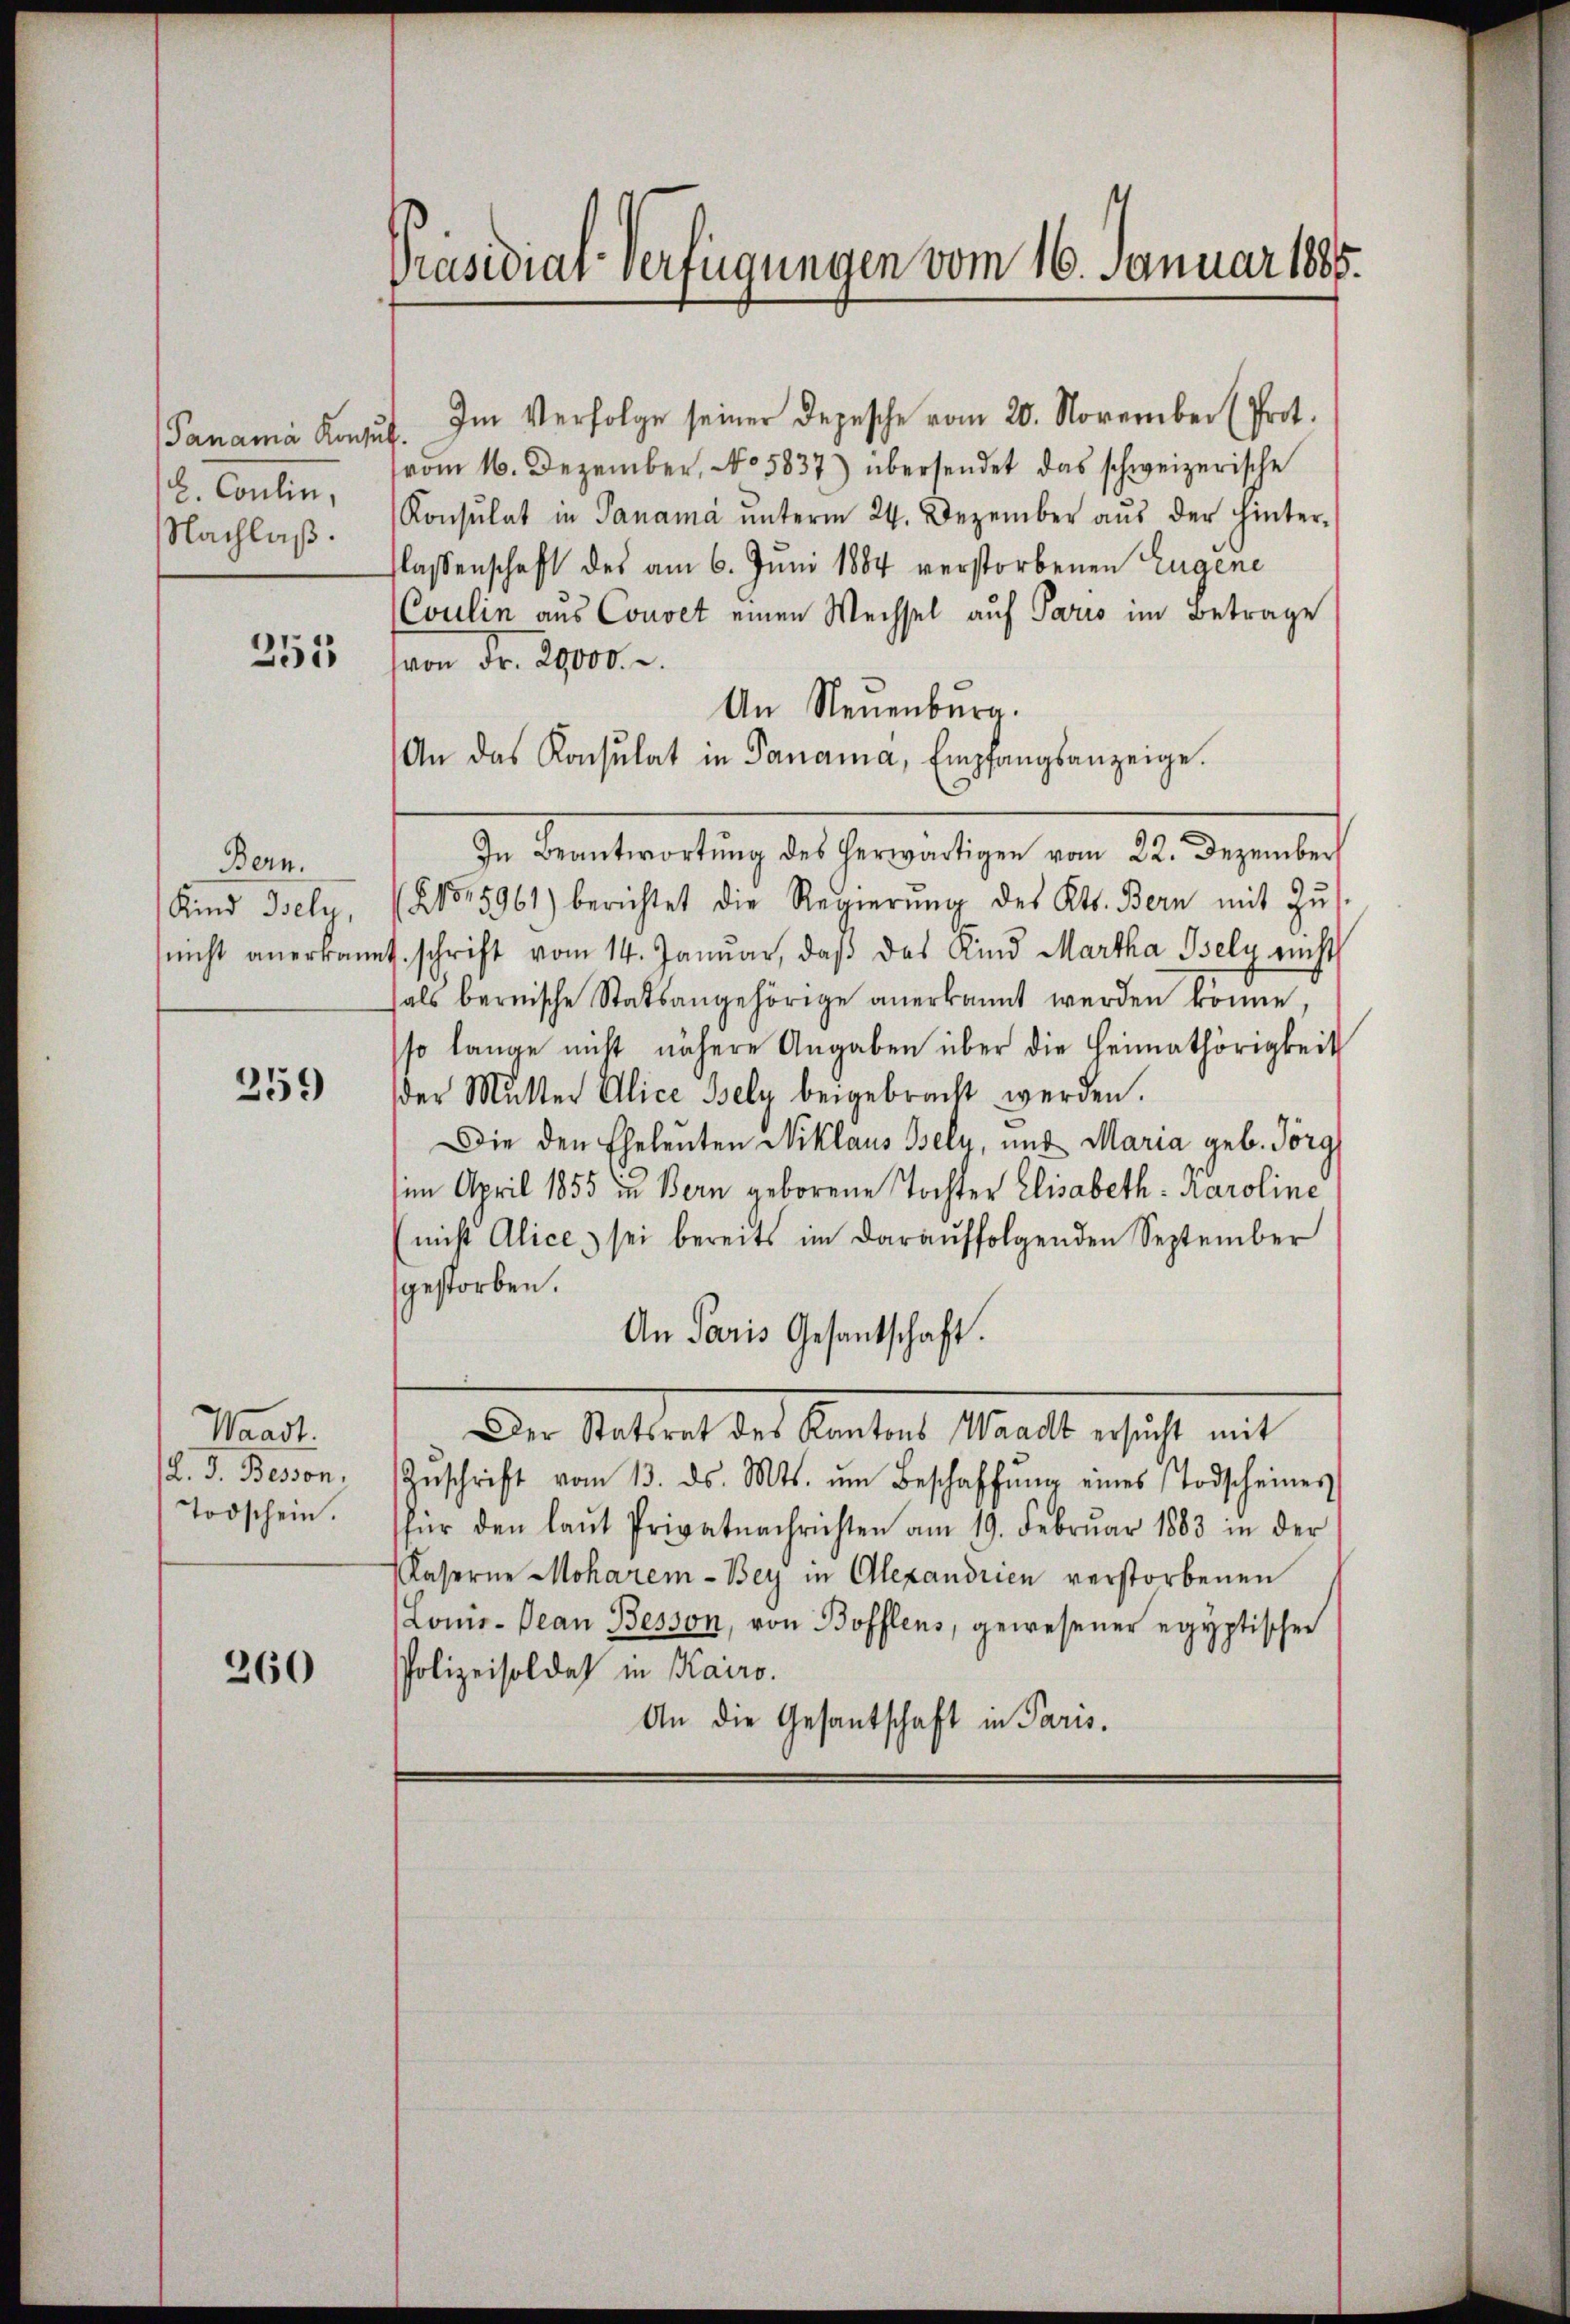
Panaria Konsul
8. Coulin,
Nachlaß.

255

Bern.
Kind Bely,
nicht anerkann

259

Waadt.
d. d. Bessen.
Todschein.

260

Präsidiar-Verfügungen vom 16. Januar 1885.

Im Verfolge seiner Depesche vom 20. November (Prot.
¬
vom 16. Dezember, No 5837) übersendet das schweizerische
Konsulat in Panama ŭnterm 24. Dezember aŭs der hinter-
lassenschaft des am 6. Juni 1884 verstorbenen Eugene
Coulin aus Couvet einen Wechsel auf Paris im Betrage
von Fr. 3000. r.
An Neuenburg.
An das Konsulat in Panama, Empfangsanzeige.
In Beantwortŭng des herwärtigen vom 22. Dezember
NNo. 5961) berichtet die Regierŭng des Kts. Bern mit Zŭs
. schrift vom 14. Januar, daß das Kind Martha Isely nicht
als bernische Statsangehörige anerkannt werden könne
so lange nicht nähere Angaben über die Heimathörigkeit
der Mutter Alice Bely beigebracht werden.
Die den Eheleuten Niklaus Bseln, und Maria geb. Jörg
im April 1855 in Bern geborene Tochter Elisabeth Karoline
nicht Alice) sei bereits im darauffolgenden September
gestorben.
An Paris Gesantschaft.
Der Statsrat des Kantons Waadt ersucht mit
Zŭschrift vom 13. ds. Mts. ŭm Beschaffŭng eines Todscheiner
für den laŭt Privatnachrichten am 19. Februar 1883 in der
Kaserne Moharem Bey in Alexandrien verstorbenen
Lome-Dean Besson, von Bofflens, gewesener egyptischen
Polizeisoldes in Kairo.
An die Gesantschaft in Paris.